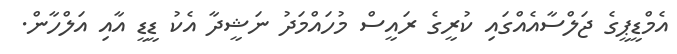
އެމްޑީޕީގެ ޖަލްސާއެއްގައި ކުރީގެ ރައީސް މުހައްމަދު ނަޝީދާ އެކު ޑީޑީ އާއި އަލްހާން.